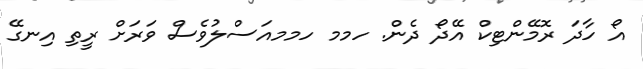
އޯ ހާދަ ރޮމޭންޓިކް އޭދޯ ދެން. ހމމ ހމމއަސްލުވެސް ވަރަށް ރީތި އިނގޭ